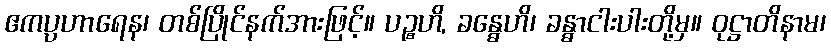
ဧကပ္ပဟာရေန၊ တစ်ပြိုင်နက်အားဖြင့်။ ပဉ္စဟိ, ခန္ဓေဟိ၊ ခန္ဓာငါးပါးတို့မှ။ ဝုဋ္ဌာတိနာမ၊